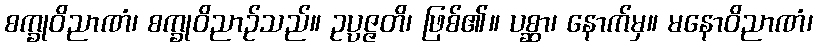
စက္ခုဝိညာဏံ၊ စက္ခုဝိညာဉ်သည်။ ဥပ္ပဇ္ဇတိ၊ ဖြစ်၏။ ပစ္ဆာ၊ နောက်မှ။ မနောဝိညာဏံ၊